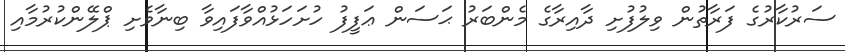
ސަރުކާރުގެ ފަރާތުން ވިލުފުށި ދާއިރާގެ މެންބަރު ޙަސަން ޢަފީފު ހުށަހަޅުއްވާފައިވާ ބިނާވެށި ޕްލޭންކުރުމާއި